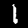
Digit: 1